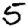
Digit: 5